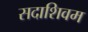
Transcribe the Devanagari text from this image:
सदाशिवम